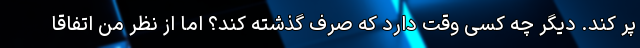
پر کند. دیگر چه کسی وقت دارد که صرفِ گذشته کند؟ اما از نظر من اتفاقاً